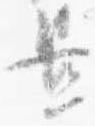
置